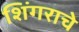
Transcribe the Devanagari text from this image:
शिंगराचे